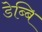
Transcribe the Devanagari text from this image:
डेब्बि